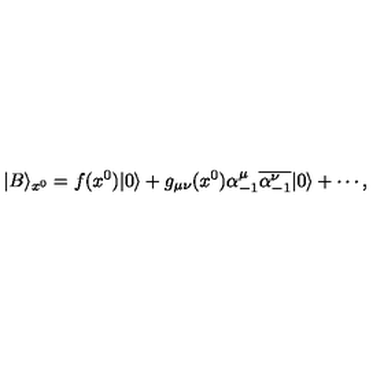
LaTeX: | B \rangle _ { x ^ { 0 } } = f ( x ^ { 0 } ) | 0 \rangle + g _ { \mu \nu } ( x ^ { 0 } ) \alpha _ { - 1 } ^ { \mu } \overline { { \alpha _ { - 1 } ^ { \nu } } } | 0 \rangle + \cdots ,